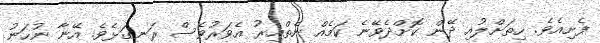
ފެށިއެވެ. ހިތަށްލުއި ދޭން ކޮށްދެވޭނެ ކަމެއް ނެތްއިރު އެވަރުވެސް ރަނގަޅެވެ. އޭނާ ނުހަނު